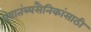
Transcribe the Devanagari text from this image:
स्वातंत्र्यसैनिकांसाठी